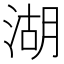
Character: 湖